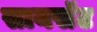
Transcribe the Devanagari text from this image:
सायसॅट